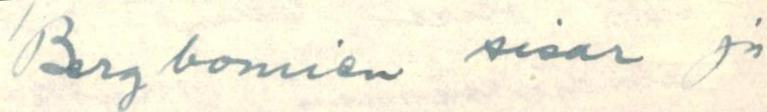
Bergbomien sisar ja